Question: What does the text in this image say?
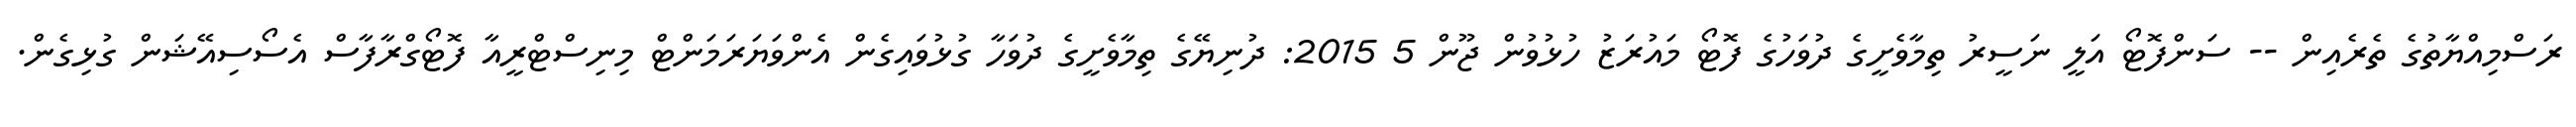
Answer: ރަސްމިއްޔާތުގެ ތެރެއިން -- ސަންފޮޓޯ އަލީ ނަސީރު ތިމާވެށީގެ ދުވަހުގެ ފޮޓޯ މައުރަޒު ހުޅުވުން ޖޫން 5 2015: ދުނިޔޭގެ ތިމާވެށީގެ ދުވަހާ ގުޅުވައިގެން އެންވަޔަރަމަންޓް މިނިސްޓްރީއާ ފޮޓޯގްރާފާސް އެސޯސިއޭޝަން ގުޅިގެން.